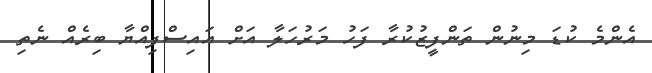
އެންމެ ކުޑަ މިނުން ތަންފީޒުކުރާ ފަހު މަރުހަލާ އަށް އައިސްފިއްޔާ ބިރެއް ނެތި